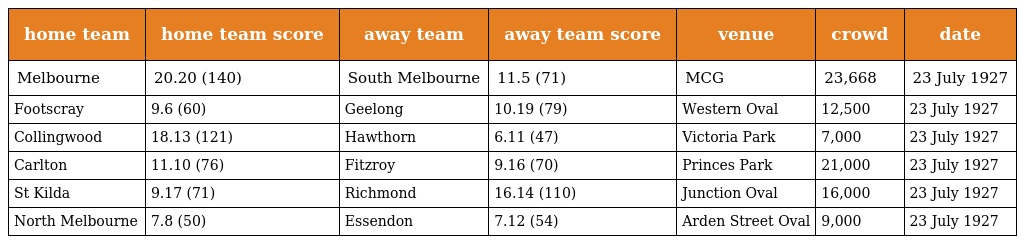
| home team | home team score | away team | away team score | venue | crowd | date |
 | --- | --- | --- | --- | --- | --- | --- |
 | Melbourne | 20.20 (140) | South Melbourne | 11.5 (71) | MCG | 23,668 | 23 July 1927 |
 | Footscray | 9.6 (60) | Geelong | 10.19 (79) | Western Oval | 12,500 | 23 July 1927 |
 | Collingwood | 18.13 (121) | Hawthorn | 6.11 (47) | Victoria Park | 7,000 | 23 July 1927 |
 | Carlton | 11.10 (76) | Fitzroy | 9.16 (70) | Princes Park | 21,000 | 23 July 1927 |
 | St Kilda | 9.17 (71) | Richmond | 16.14 (110) | Junction Oval | 16,000 | 23 July 1927 |
 | North Melbourne | 7.8 (50) | Essendon | 7.12 (54) | Arden Street Oval | 9,000 | 23 July 1927 |